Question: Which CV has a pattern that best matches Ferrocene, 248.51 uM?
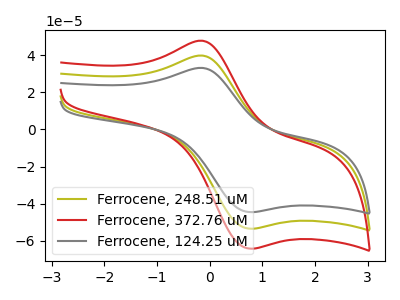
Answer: <think>The olive curve "Ferrocene, 248.51 uM" has an anodic peak at (-0.15V, 39.80uA) and a cathodic peak at (0.75V, -53.35uA). The red curve "Ferrocene, 372.76 uM" has an anodic peak at (-0.15V, 79.55uA) and a cathodic peak at (0.75V, -106.70uA). The gray curve "Ferrocene, 124.25 uM" has an anodic peak at (-0.15V, 33.15uA) and a cathodic peak at (0.75V, -44.45uA).
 All the peaks in "Ferrocene, 248.51 uM" have a peak in "Ferrocene, 372.76 uM" at the same potential. Every peak in "Ferrocene, 248.51 uM" is lower than every peak in "Ferrocene, 372.76 uM". All the peaks in "Ferrocene, 248.51 uM" have a peak in "Ferrocene, 124.25 uM" at the same potential. Every peak in "Ferrocene, 248.51 uM" is higher than every peak in "Ferrocene, 124.25 uM". All the peaks in "Ferrocene, 372.76 uM" have a peak in "Ferrocene, 124.25 uM" at the same potential. Every peak in "Ferrocene, 372.76 uM" is higher than every peak in "Ferrocene, 124.25 uM".</think>
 <answer>"Ferrocene, 248.51 uM" and "Ferrocene, 372.76 uM" have a similar shape to "Ferrocene, 124.25 uM".</answer>
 <eval>"Ferrocene, 248.51 uM" "Ferrocene, 372.76 uM"</eval>